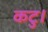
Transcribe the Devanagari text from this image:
कटु।